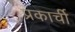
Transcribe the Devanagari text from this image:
प्रकार्ची